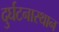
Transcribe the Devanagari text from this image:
दुर्घटनास्थान